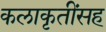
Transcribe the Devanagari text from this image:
कलाकृतींसह